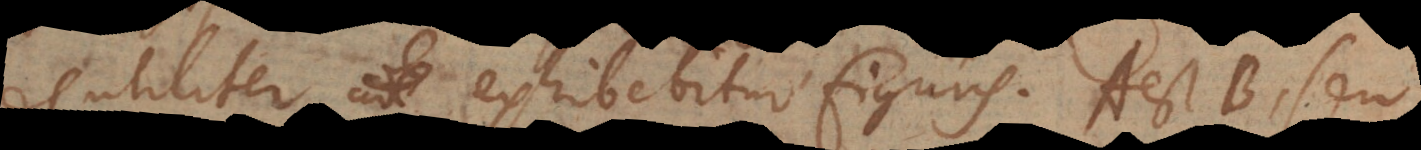
utiliter exhibebitur figuris. A est B